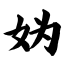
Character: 妫